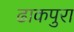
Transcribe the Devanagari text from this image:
ढाकपुरा